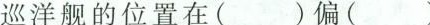
巡洋舰的位置在 ( )偏( )